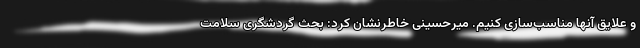
و علایق آنها مناسب‌سازی کنیم. میرحسینی خاطرنشان کرد: بحث گردشگری سلامت